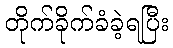
တိုက်ခိုက်ခံခဲ့ရပြီး